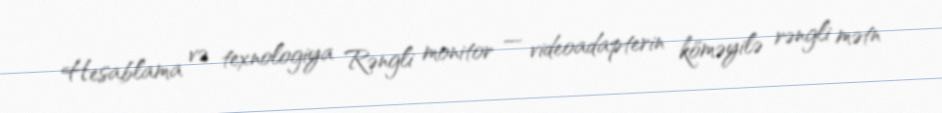
Hesablama və texnologiya Rəngli monitor — videoadapterin köməyilə rəngli mətn